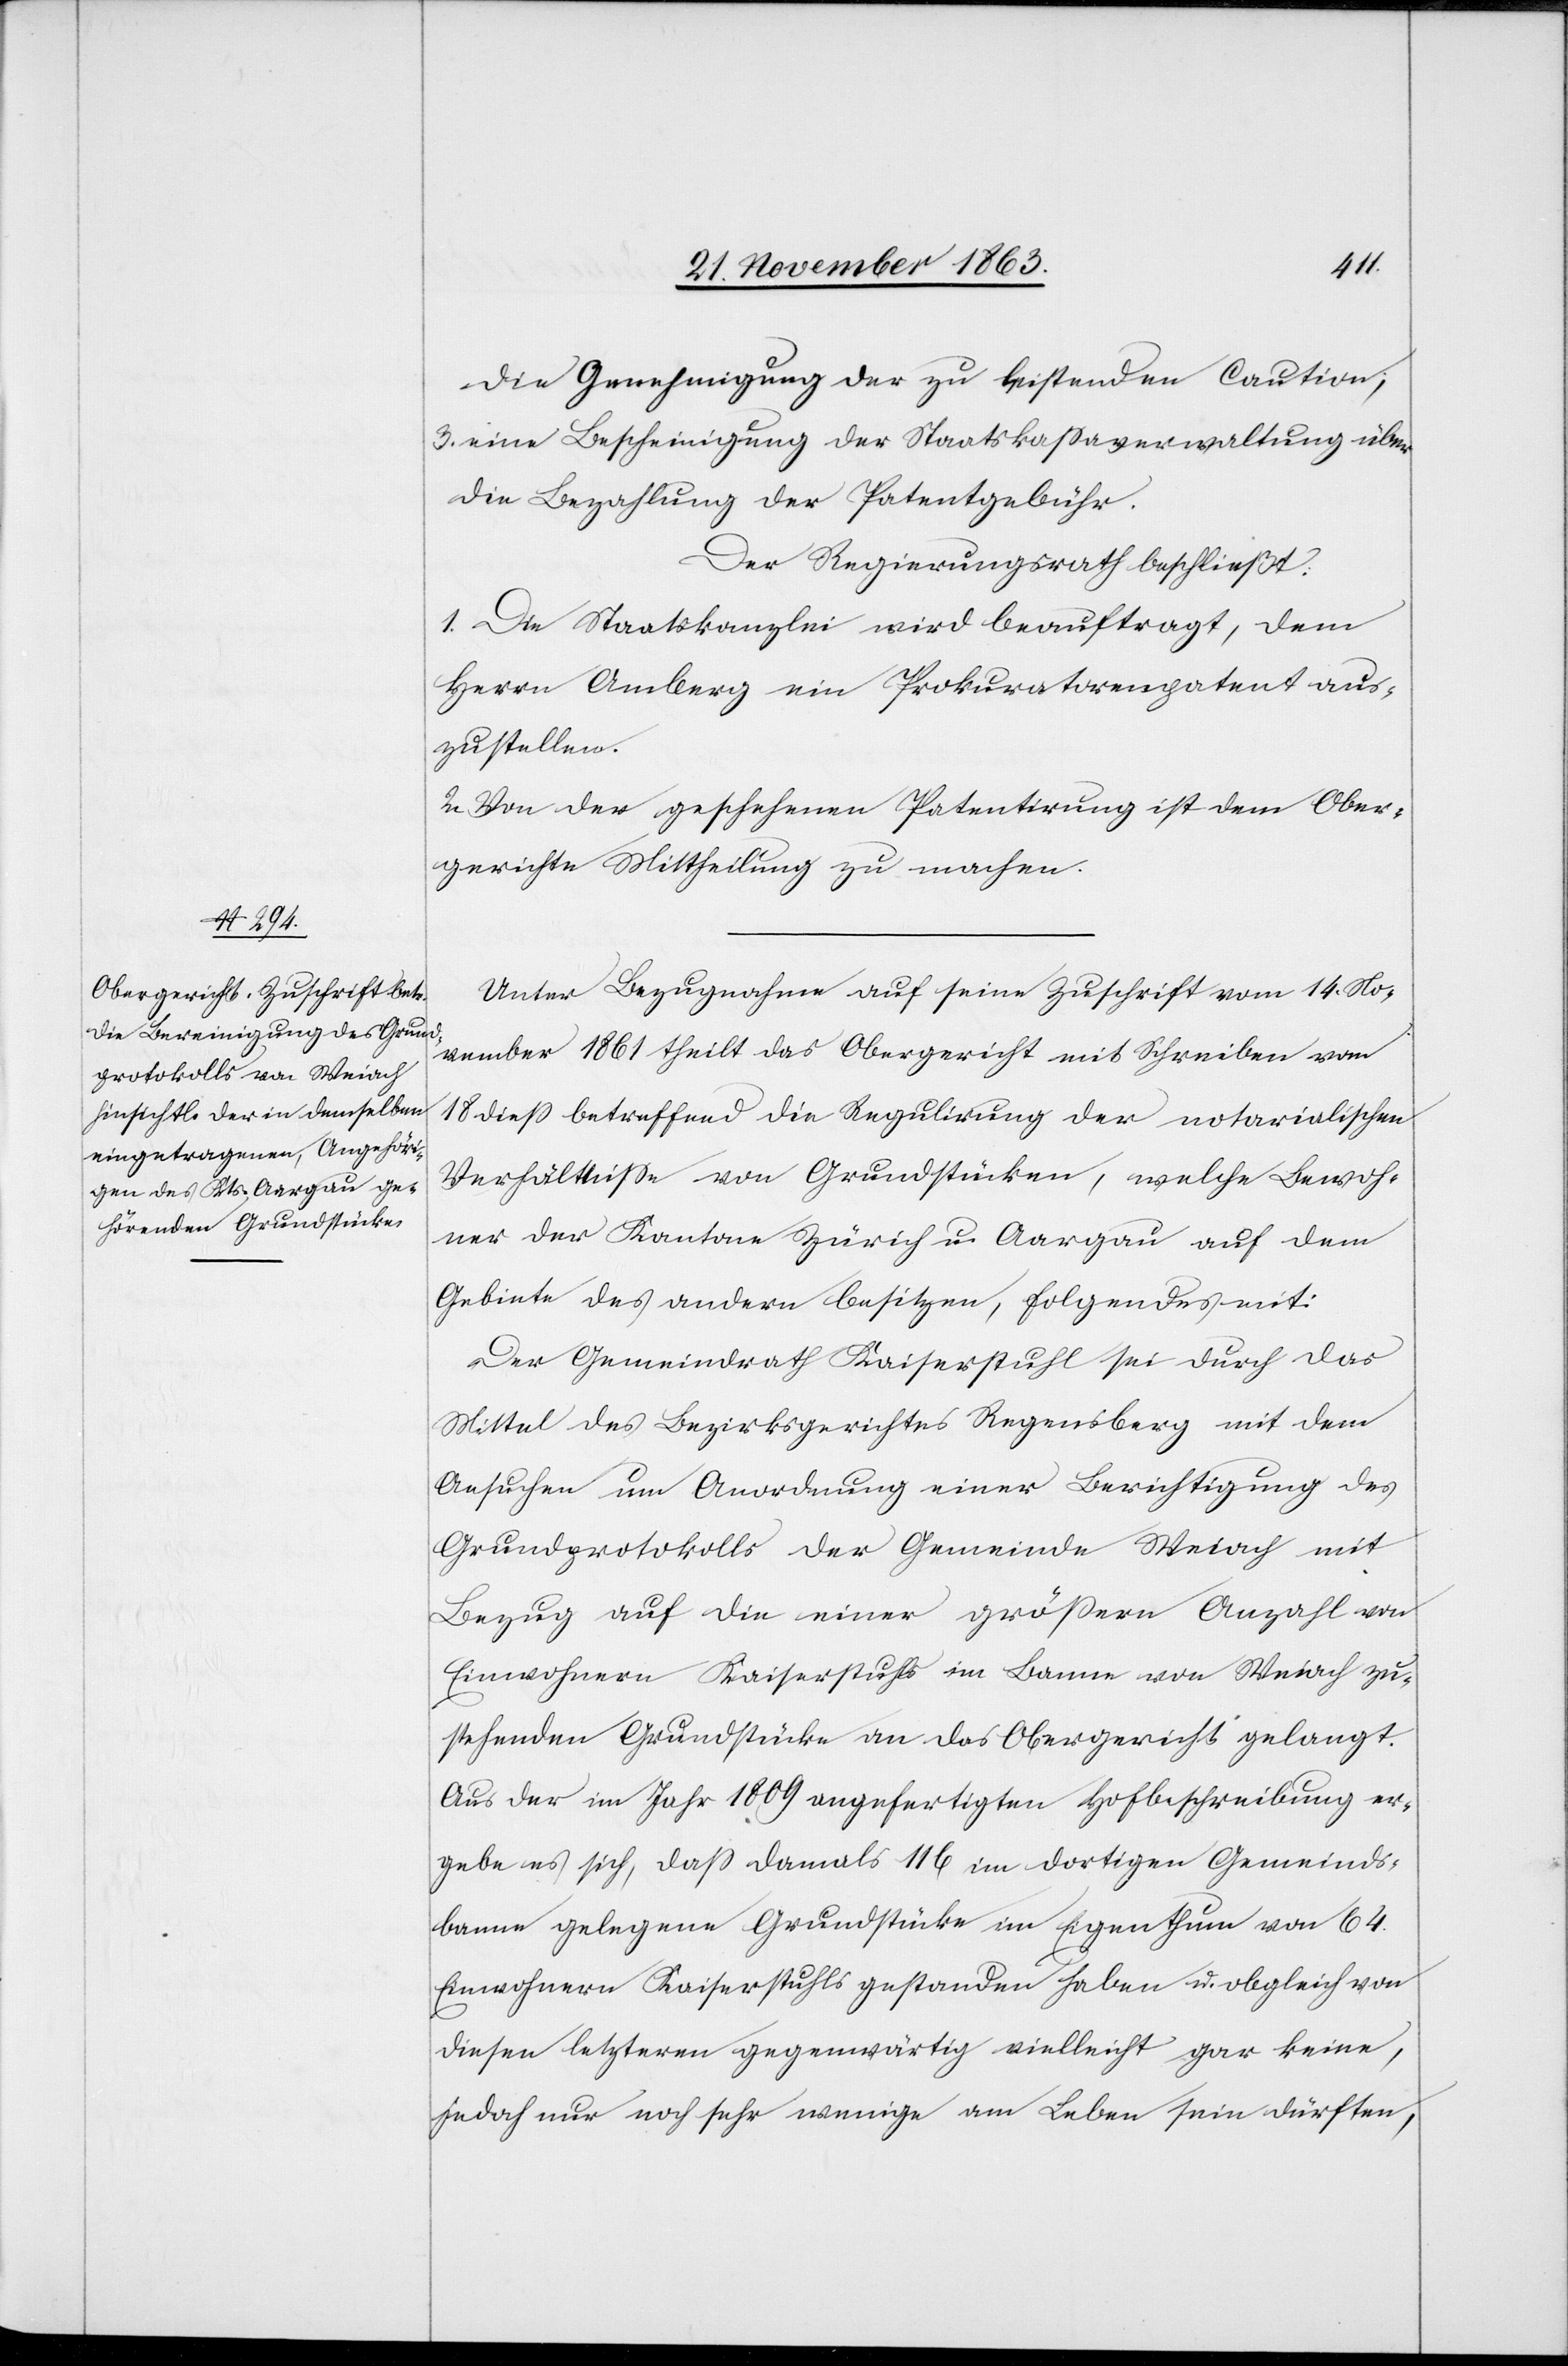
die Genehmigung der zu leistenden Caution;
3. eine Bescheinigung der Staatskassaverwaltung über
die Bezahlung der Patentgebühr.
Der Regierungsrath beschließt:
1. Die Staatskanzlei wird beauftragt, dem
Herrn Amberg ein Prokuratorenpatent aus¬
zustellen.
2. Von der geschehenen Patentirung ist dem Ober¬
gerichte Mittheilung zu machen.
Unter Bezugnahme auf seine Zuschrift vom 14. No¬
vember 1861 theilt das Obergericht mit Schreiben vom
18. diess betreffend die Regulirung der notarialischen
Verhältnisse von Grundstücken, welche Bewoh¬
ner der Kantone Zürich u. Aargau auf dem
Gebiete des andern besitzen, folgendes mit:
Der Gemeindrath Kaiserstuhl sei durch das
Mittel des Bezirksgerichtes Regensberg mit dem
Ansuchen um Anordnung einer Berichtigung des
Grundprotokolls der Gemeinde Weiach mit
Bezug auf die einer grössern Anzahl von
Einwohnern Kaiserstuhls im Banne von Weiach zu¬
stehenden Grundstücke an das Obergericht gelangt.
Aus der im Jahr 1809 angefertigten Hofbeschreibung er¬
gebe es sich, dass damals 116 im dortigen Gemeinds¬
banne gelegene Grundstücke im Eigenthum von 64.
Einwohnern Kaiserstuhls gestanden haben u. obgleich von
diesen letzteren gegenwärtig vielleicht gar keine,
jedoch nur noch sehr wenige am Leben sein dürften,